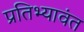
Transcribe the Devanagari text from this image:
प्रतिभ्यावंत